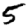
Digit: 5